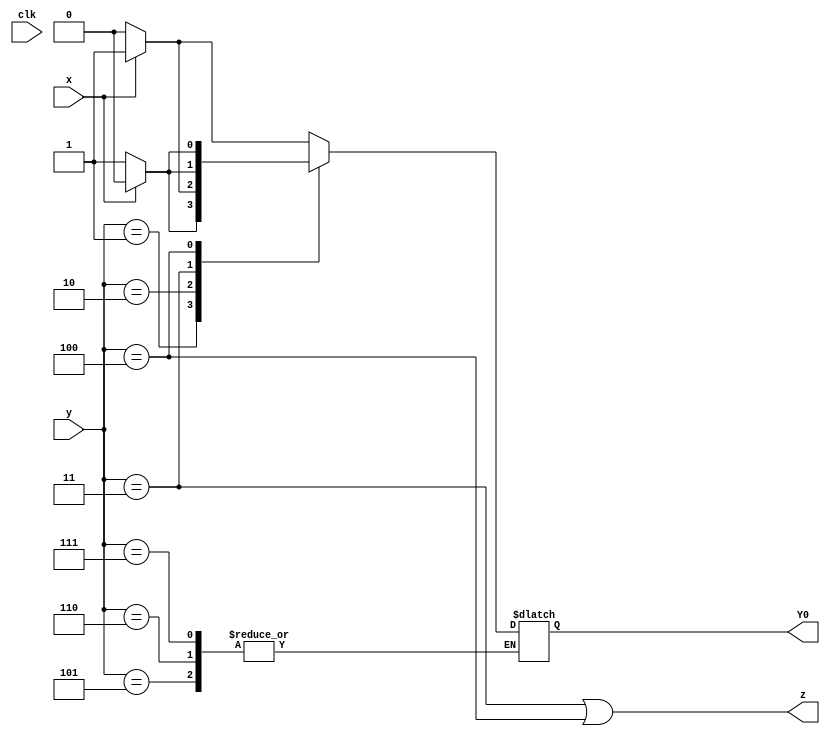
module top_module (
    input clk,
    input [2:0] y,
    input x,
    output Y0,
    output z
);
    reg[2:0] Y;
    
    always@(*)begin
        case(y)
            3'b000: Y=~x?3'b000:3'b001;
            3'b001: Y=~x?3'b001:3'b100;
            3'b010: Y=~x?3'b010:3'b001;
            3'b011: Y=~x?3'b001:3'b010;
            3'b100: Y=~x?3'b011:3'b100;
            3'b101: Y=Y;
            3'b110: Y=Y;
            3'b111: Y=Y;
        endcase
    end
    
    assign Y0 = Y[0];
    assign z = (y==3'b011 ) | (y==3'b100);
endmodule